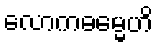
လောကဓမ္မေဟိ